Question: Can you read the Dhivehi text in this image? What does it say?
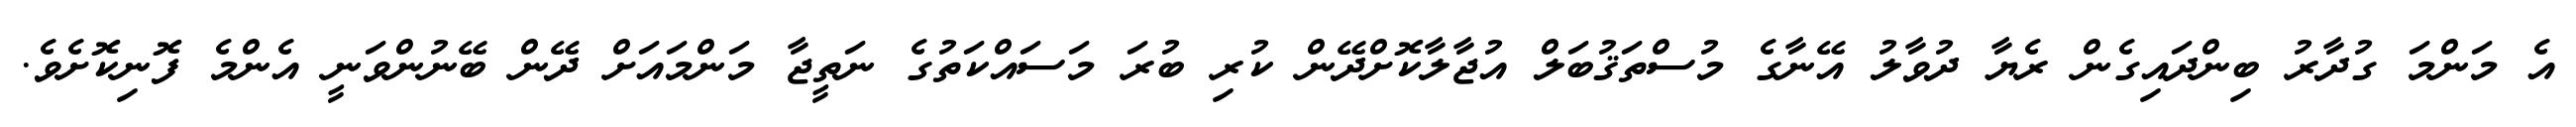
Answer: އެ މަންމަ ގުދާރު ބިންދައިގެން ރެޔާ ދުވާލު އޭނާގެ މުސްތަޤުބަލް އުޖާލާކޮށްދޭން ކުރި ބުރަ މަސައްކަތުގެ ނަތީޖާ މަންމައަށް ދޭން ބޭނުންވަނީ އެންމެ ފޮނިކޮށެވެ.